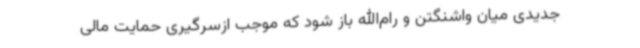
جدیدی میان واشنگتن و رام‌الله باز شود که موجب ازسرگیری حمایت مالی